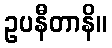
ဥပနီတာနိ။